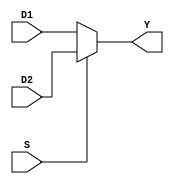
module MUX21(D1, D2, S, Y);
    
    input         S;
    input  [31:0] D1, D2;
    
    output reg [31:0] Y;
   
    always @(D1, D2, S) 
    begin 
        if(S == 0)
            Y = D1; 
        else 
            Y = D2; 
    end
    
endmodule